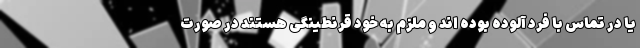
یا در تماس با فرد آلوده بوده اند و ملزم به خود قرنطینگی هستند در صورت